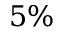
5 \%